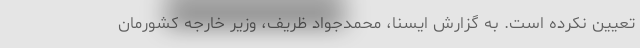
تعیین نکرده است‌. به گزارش ایسنا، محمدجواد ظریف، وزیر خارجه کشورمان